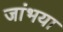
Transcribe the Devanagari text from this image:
जांभया